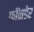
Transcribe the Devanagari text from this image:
फॉनडेर